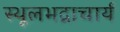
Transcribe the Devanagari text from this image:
स्थूलभद्राचार्य